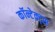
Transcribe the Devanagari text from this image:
कॉन्टेक्ट्स